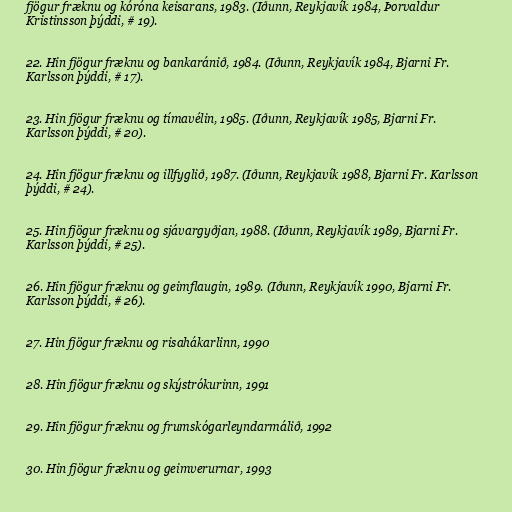
fjögur fræknu og kóróna keisarans, 1983. (Iðunn, Reykjavík 1984, Þorvaldur
Kristinsson þýddi, # 19).

22. Hin fjögur fræknu og bankaránið, 1984. (Iðunn, Reykjavík 1984, Bjarni Fr.
Karlsson þýddi, # 17).

23. Hin fjögur fræknu og tímavélin, 1985. (Iðunn, Reykjavík 1985, Bjarni Fr.
Karlsson þýddi, # 20).

24. Hin fjögur fræknu og illfyglið, 1987. (Iðunn, Reykjavík 1988, Bjarni Fr. Karlsson
þýddi, # 24).

25. Hin fjögur fræknu og sjávargyðjan, 1988. (Iðunn, Reykjavík 1989, Bjarni Fr.
Karlsson þýddi, # 25).

26. Hin fjögur fræknu og geimflaugin, 1989. (Iðunn, Reykjavík 1990, Bjarni Fr.
Karlsson þýddi, # 26).

27. Hin fjögur fræknu og risahákarlinn, 1990

28. Hin fjögur fræknu og skýstrókurinn, 1991

29. Hin fjögur fræknu og frumskógarleyndarmálið, 1992

30. Hin fjögur fræknu og geimverurnar, 1993